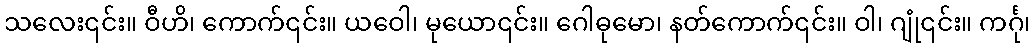
သလေး၎င်း။ ဝီဟိ၊ ကောက်၎င်း။ ယဝေါ၊ မုယော၎င်း။ ဂေါဓုမော၊ နတ်ကောက်၎င်း။ ဝါ၊ ဂျုံ၎င်း။ ကင်္ဂု၊